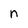
Character: n